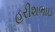
હરીશભાઇ